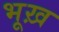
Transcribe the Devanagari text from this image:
भूख़